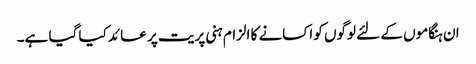
ان ہنگاموں کے لئے لوگوں کو اکسانے کا الزام ہنی پریت پر عائد کیا گیا ہے۔